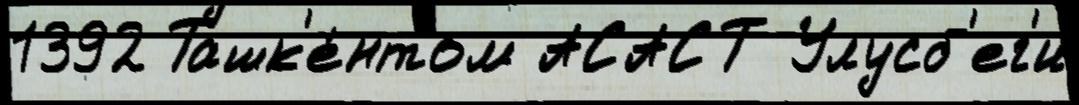
1392 Ташк'е́нтом АСАСТ Улусб'ег'и